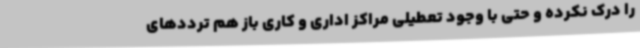
را درک نکرده و حتی با وجود تعطیلی مراکز اداری و کاری باز هم ترددهای